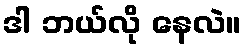
ဒါ ဘယ်လို နေလဲ။